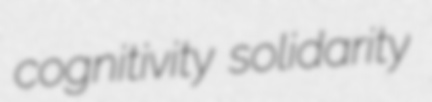
cognitivity solidarity